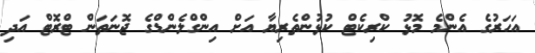
އަހަރުގެ އެންމެ މޮޅު ކްރިކެޓް ކުޅުންތެރިޔާ އަށް އިންގްލެންޑްގެ ޖޮނަތަން ޓްރޮޓް އަދި